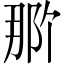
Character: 𬪄